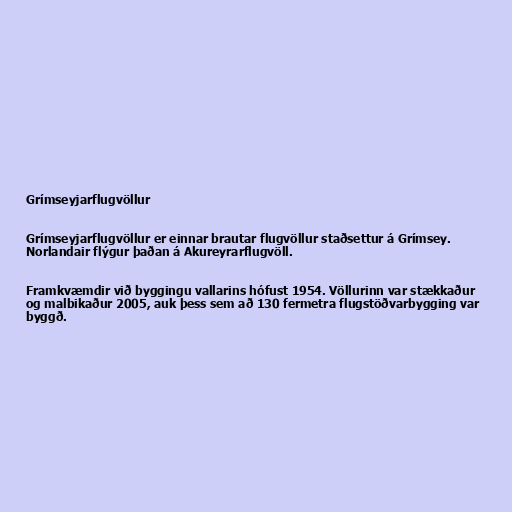
Grímseyjarflugvöllur

Grímseyjarflugvöllur er einnar brautar flugvöllur staðsettur á Grímsey.
Norlandair flýgur þaðan á Akureyrarflugvöll.

Framkvæmdir við byggingu vallarins hófust 1954. Völlurinn var stækkaður
og malbikaður 2005, auk þess sem að 130 fermetra flugstöðvarbygging var
byggð.